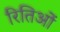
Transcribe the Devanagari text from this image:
रितिओं